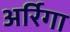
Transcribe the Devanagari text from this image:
अर्रिगा